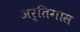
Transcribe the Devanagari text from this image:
अर्तिगास